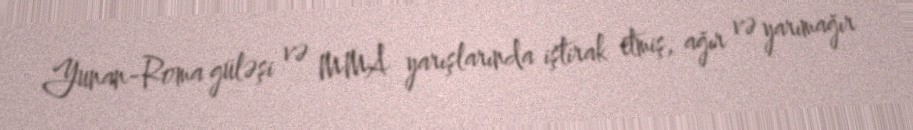
Yunan-Roma güləşi və MMA yarışlarında iştirak etmiş, ağır və yarımağır